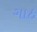
ગાઠ